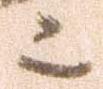
ニ